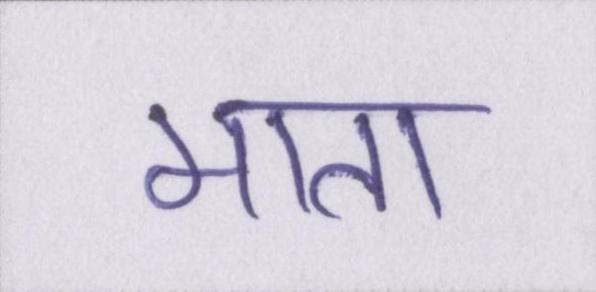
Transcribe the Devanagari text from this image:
माता